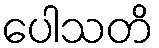
ပေါသတိ